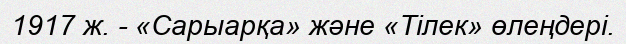
1917 ж. - «Сарыарқа» және «Тілек» өлеңдері.